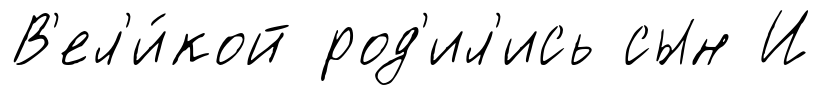
В'ел'и́кой род'ил'ись сын И